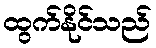
ထွက်နိုင်သည်